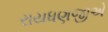
રાયધણજીએ